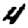
Digit: 4